Civil Veterinary Dept. North-West Frontier Province 1933-46 - 1933-1946
Year: 1933
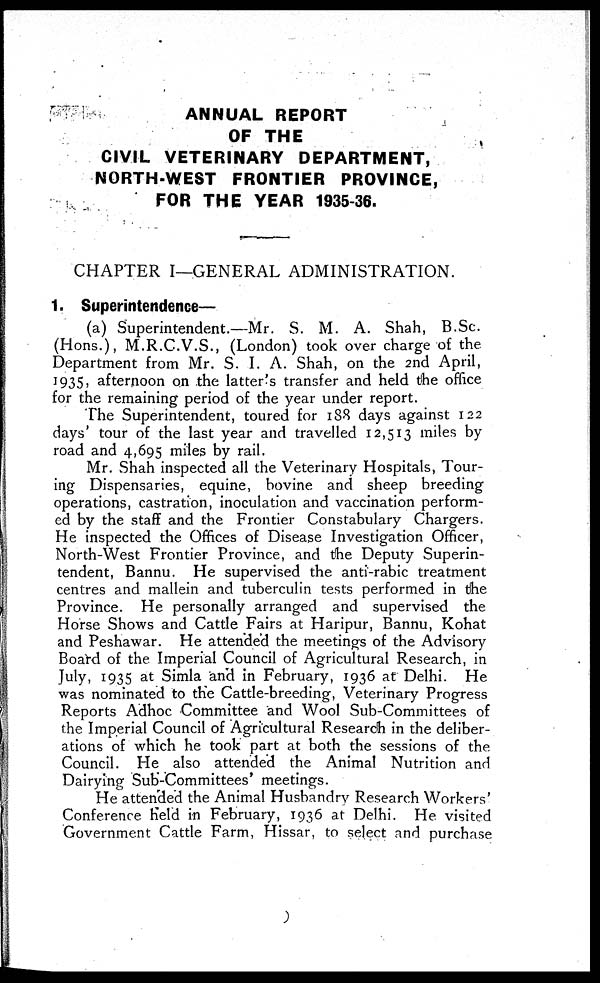
ANNUAL REPORT
OF THE
CIVIL VETERINARY DEPARTMENT,
NORTH-WEST FRONTIER PROVINCE,
FOR THE YEAR 1935-36.
CHAPTER I—GENERAL ADMINISTRATION.
1. Superintendence—
(a) Superintendent.—Mr. S. M. A. Shah, B.Sc.
(Hons.), M.R.C.V.S., (London) took over charge of the
Department from Mr. S. I. A. Shah, on the 2nd April,
1935, afternoon on the latter's transfer and held the office
for the remaining period of the year under report.
The Superintendent, toured for 188 days against 122
days' tour of the last year and travelled 12,513 miles by
road and 4,695 miles by rail.
Mr. Shah inspected all the Veterinary Hospitals, Tour-
ing Dispensaries, equine, bovine and sheep breeding
operations, castration, inoculation and vaccination perform-
ed by the staff and the Frontier Constabulary Chargers.
He inspected the Offices of Disease Investigation Officer,
North-West Frontier Province, and the Deputy Superin-
tendent, Bannu. He supervised the anti-rabic treatment
centres and mallein and tuberculin tests performed in the
Province. He personally arranged and supervised the
Horse Shows and Cattle Fairs at Haripur, Bannu, Kohat
and Peshawar. He attended the meetings of the Advisory
Board of the. Imperial Council of Agricultural Research, in
July, 1935 at Simla and in February, 1936 at Delhi. He
was nominated to the Cattle-breeding, Veterinary Progress
Reports Adhoc Committee and Wool Sub-Committees of
the Imperial Council of Agricultural Research in the deliber-
ations of which he took part at both the sessions of the
Council. He also attended the Animal Nutrition and
Dairying Sub-Committees' meetings.
He attended the Animal Husbandry Research Workers'
Conference held in February, 1936 at Delhi. He. visited
Government Cattle Farm, Hissar, to select and purchase.